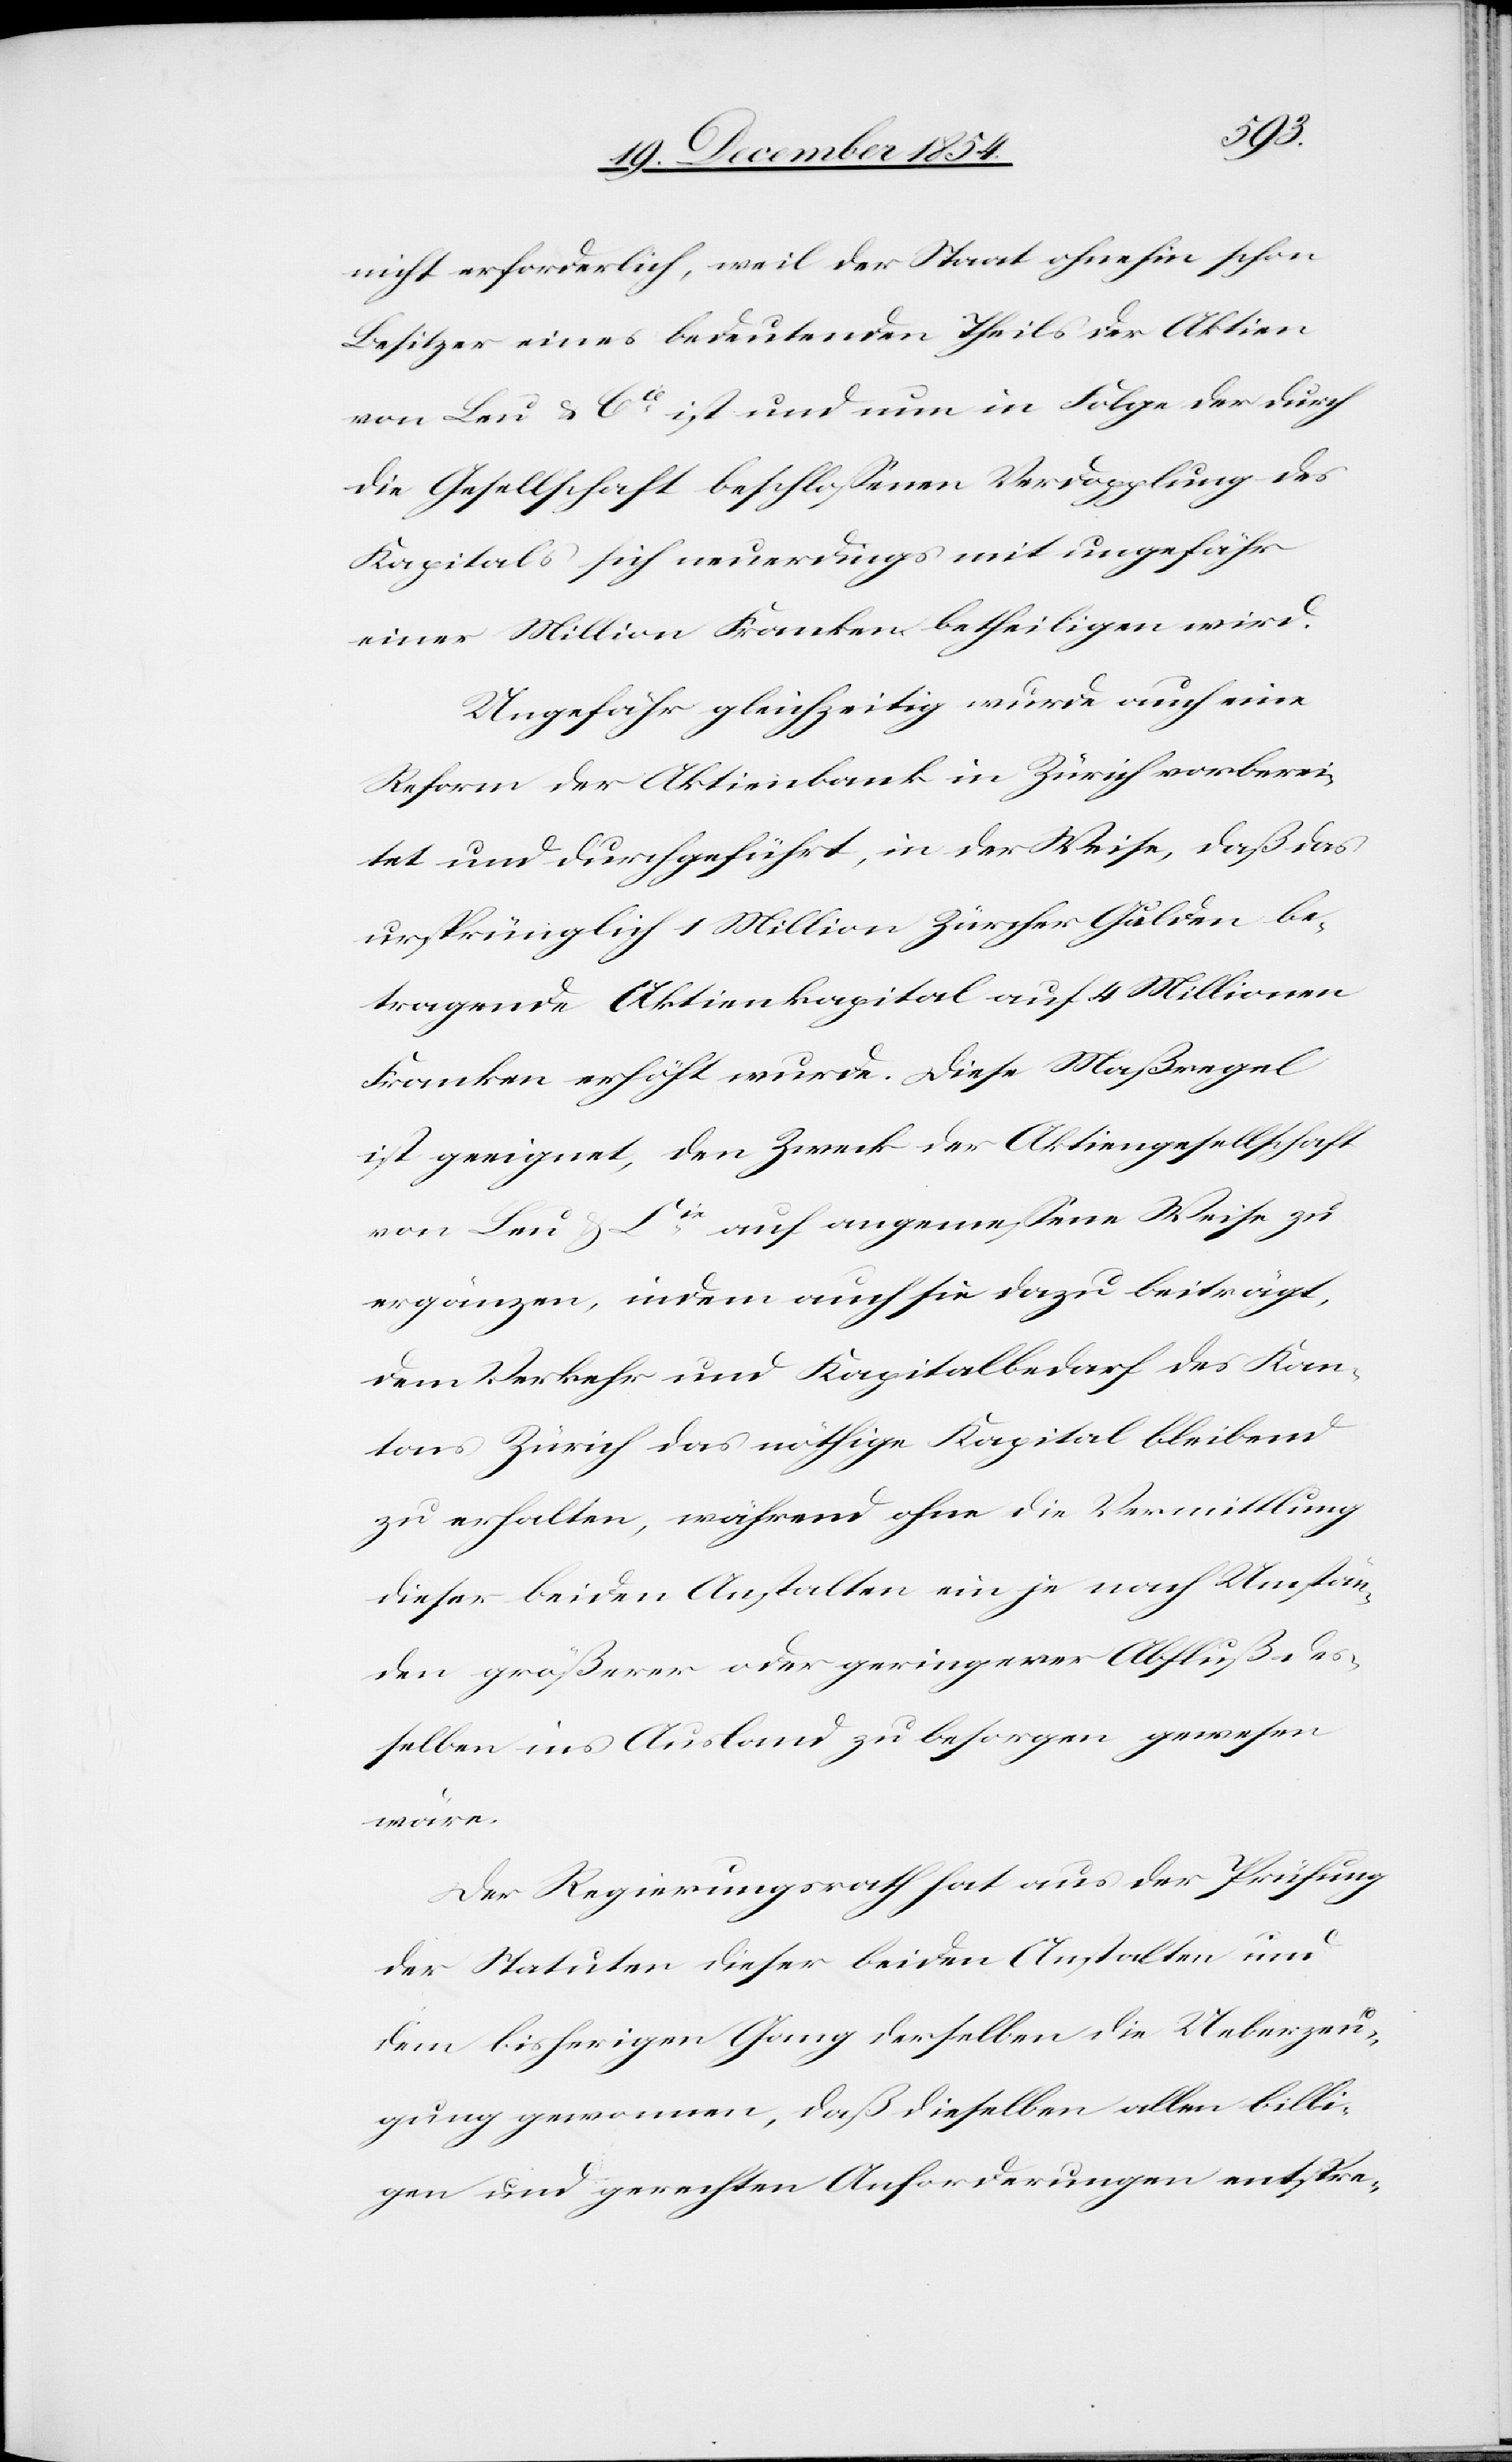
nicht erforderlich, weil der Staat ohnehin schon
Besitzer eines bedeutenden Theils der Aktien
von Leu & Cie ist und nun in Folge der durch
die Gesellschaft beschloßenen Verdopplung des
Kapitals sich neuerdings mit ungefähr
einer Million Franken betheiligen wird.
Ungefähr gleichzeitig wurde auch eine
Reform der Aktienbank in Zürich vorberei¬
tet und durchgeführt, in der Weise, daß das
ursprünglich 1 Million Zürcher Gulden be¬
tragende Aktienkapital auf 4 Millionen
Franken erhöht wurde. Diese Maßregel
ist geeignet, den Zweck der Aktiengesellschaft
von Leu & Cie auf angemeßene Weise zu
ergänzen, indem auch sie dazu beiträgt,
dem Verkehr und Kapitalbedarf des Kan¬
tons Zürich das nöthige Kapital bleibend
zu erhalten, während ohne die Vermittlung
dieser beiden Anstalten ein je nach Umstän¬
den größerer oder geringerer Abfluß des¬
selben ins Ausland zu besorgen gewesen
wäre.
Der Regierungsrath hat aus der Prüfung
der Statuten dieser beiden Anstalten und
dem bisherigen Gang derselben die Ueberzeu¬
gung gewonnen, daß dieselben allen billi¬
gen und gerechten Anforderungen entspre-